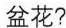
盆花?